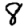
Digit: 8